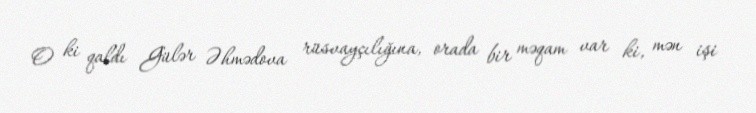
O ki qaldı Gülər Əhmədova rüsvayçılığına, orada bir məqam var ki, mən işi